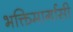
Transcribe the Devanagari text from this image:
भक्तिमार्गासी